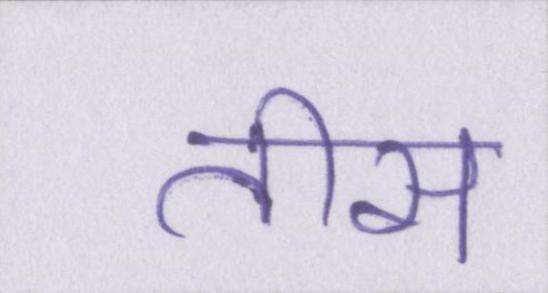
तीस